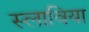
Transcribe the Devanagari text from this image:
स्लाविया